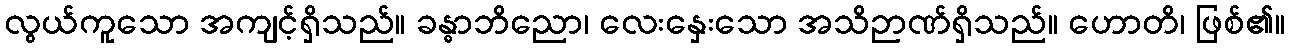
လွယ်ကူသော အကျင့်ရှိသည်။ ခန္ဓာဘိညော၊ လေးနှေးသော အသိဉာဏ်ရှိသည်။ ဟောတိ၊ ဖြစ်၏။